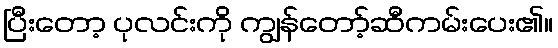
ပြီးတော့ ပုလင်းကို ကျွန်တော့်ဆီကမ်းပေး၏။